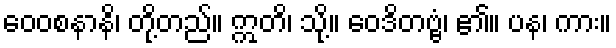
ဝေဝစနာနိ၊ တို့တည်။ ဣတိ၊ သို့။ ဝေဒိတဗ္ဗံ၊ ၏။ ပန၊ ကား။